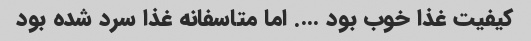
کیفیت غذا خوب بود …. اما متاسفانه غذا سرد شده بود